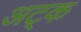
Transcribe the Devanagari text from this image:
अट्क